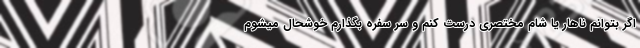
اگر بتوانم ناهار یا شام مختصری درست کنم و سر سفره بگذارم خوشحال میشوم